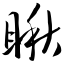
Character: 瞅